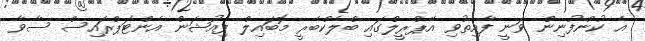
އެ ކުންފުނިން ވަނީ ފާއިތުވި އޭޕްރީލްގައި ބްލެކްބެރީ މޮބައިލް ފިއުޝަން އެންޓަޕްރައިސް ސާވާ